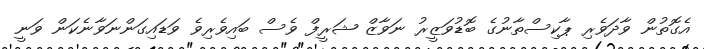
އެގޮތުން ވާދަވެރި ޕާކިސްތާނުގެ ބޮޑުވަޒީރު ނަވާޒް ޝަރީފް ވެސް ބައިވެރިވެ ވަޑައިގަންނަވާނެކަން ވަނީ